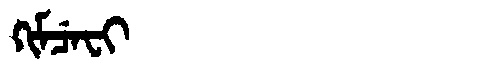
Manchu: ᡴᡳᠮᠴᡝᠸᡳ
Romanization: KIMCEFI